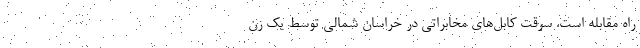
راه مقابله است. سرقت کابل‌های مخابراتی در خراسان شمالی توسط یک زن